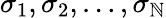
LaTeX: {\sigma}_{1},{\sigma}_{2},\ldots,{\sigma}_{\mathbb{N}}